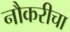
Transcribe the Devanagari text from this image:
नौकरीचा